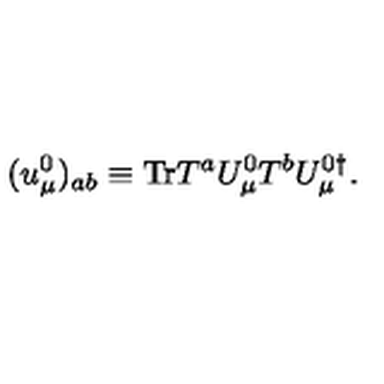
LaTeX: ( u _ { \mu } ^ { 0 } ) _ { { a b } } \equiv \mathrm { T r } T ^ { a } U _ { \mu } ^ { 0 } T ^ { b } U _ { \mu } ^ { 0 \dagger } .